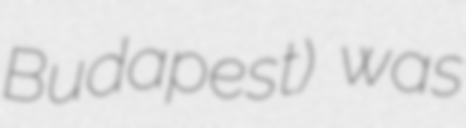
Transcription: Budapest) was